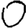
Digit: 0